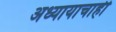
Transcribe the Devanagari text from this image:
अध्यायाचाही